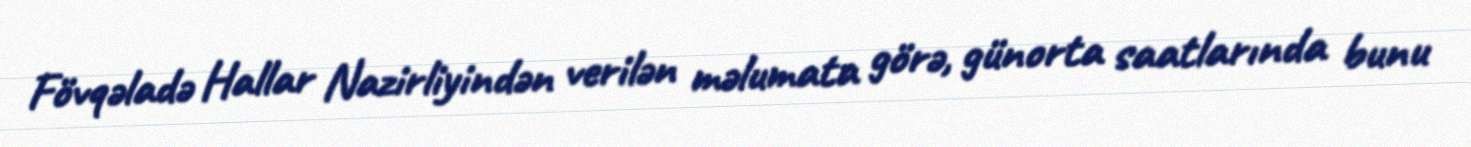
Fövqəladə Hallar Nazirliyindən verilən məlumata görə, günorta saatlarında bunu